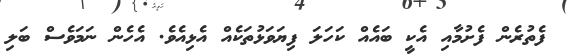
ފެތުރެން ފެށުމާއި އެކީ ބައެއް ކަހަލަ ފިޔަވަޅުތަކެއް އެޅިއެވެ. އެހެން ނަމަވެސް ބަލި